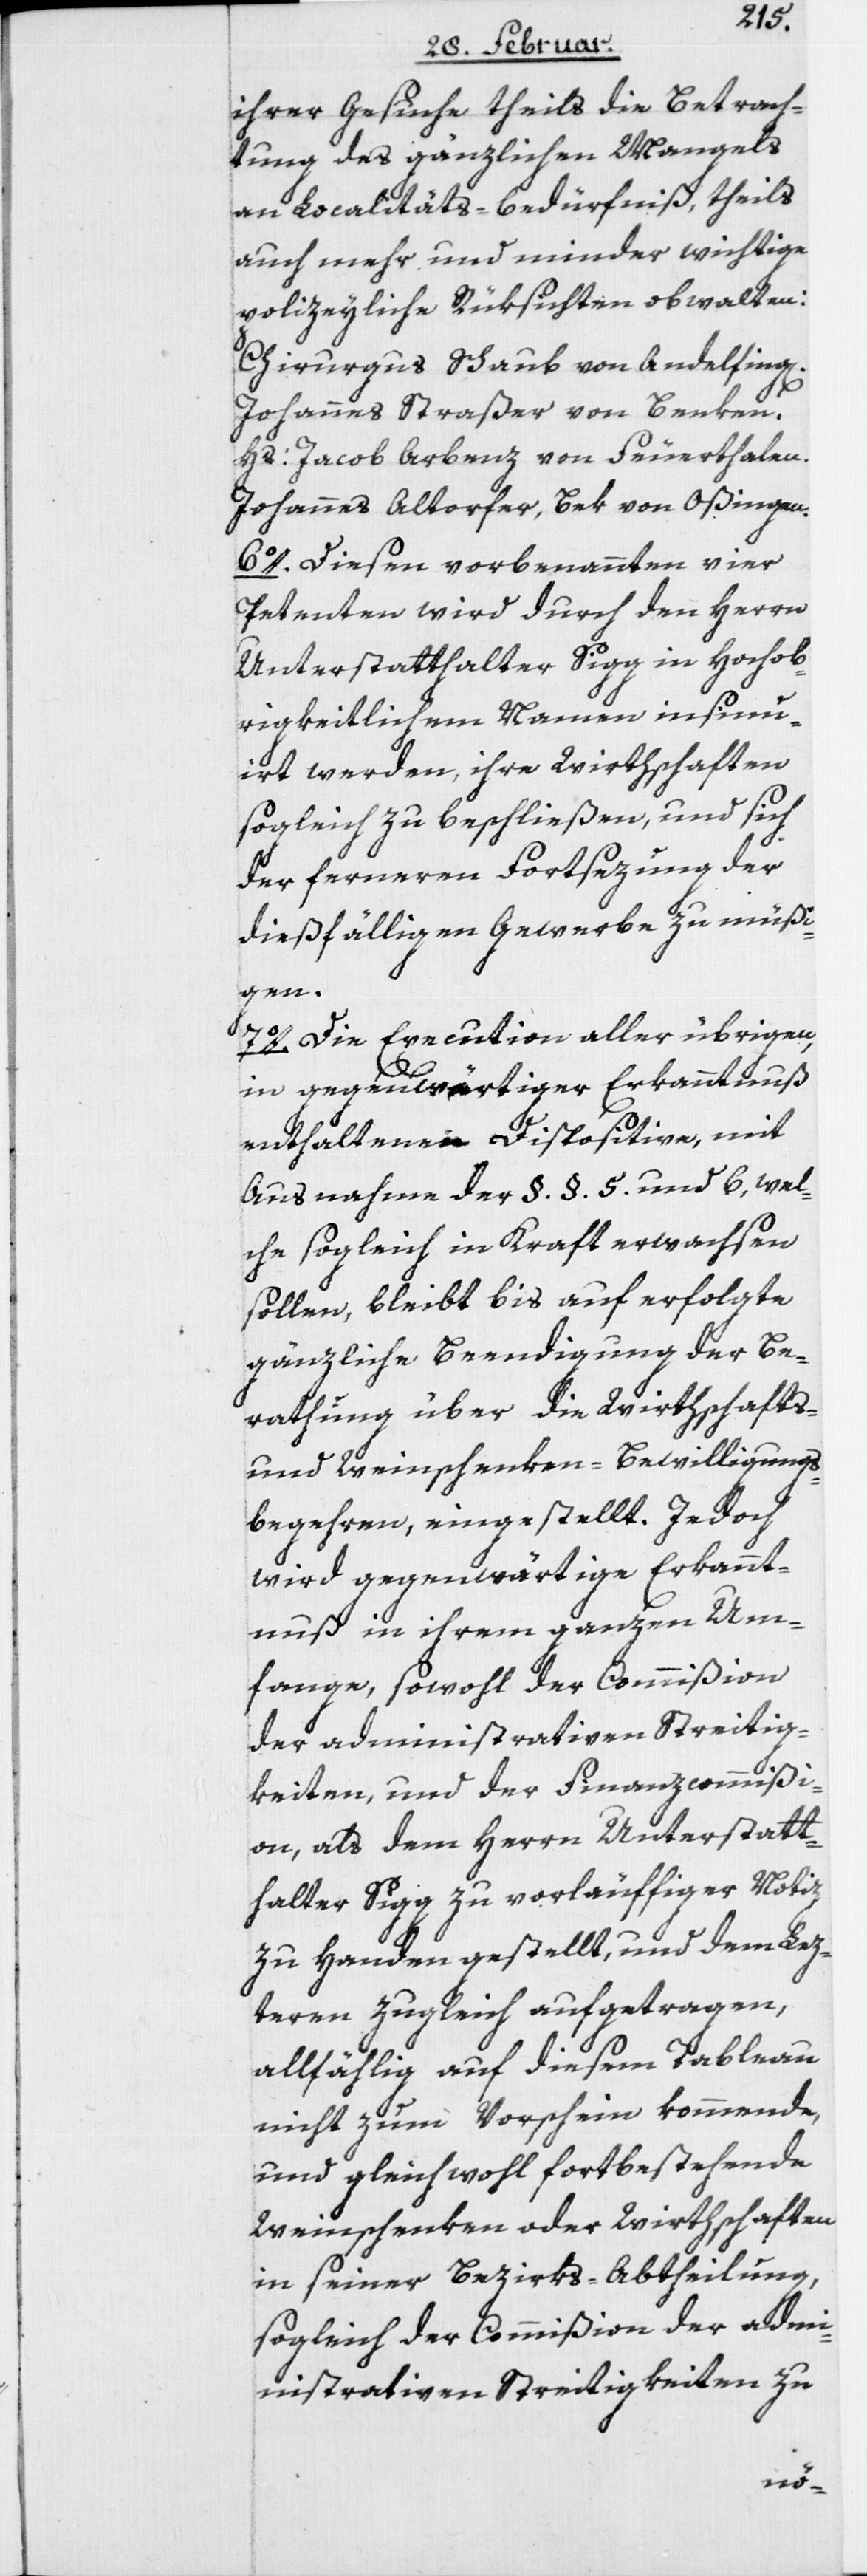
ihrer Gesuche theils die Betrach¬
tung des gänzlichen Mangels
an Localitäts-bedürfniß, theils
auch mehr und minder wichtige
polizeyliche Rüksichten obwalten:
Chirurgus Schaub von Andelfing[e¬
Johannes Straßer von Benken.
Hs: Jacob Arbenz von Feuerthalen.
Johannes Altorfer, Bek von Oßingen.
6o. Diesen vorbenannten vier
Petenten wird durch den Herrn
Unterstatthalter Sigg in Hochob¬
rigkeitlichem Namen insinu¬
irt werden, ihre Wirthschaften
sogleich zu beschließen, und sich
der ferneren Fortsezung der
dießfälligen Gewerbe zu müßi¬
gen.
7o. Die Execution aller übrigen,
in gegenwärtiger Erkanntnuß
enthaltenen Dispositive, mit
Ausnahme der §. §. 5. und 6, wel¬
che sogleich in Kraft erwachsen
sollen, bleibt bis auf erfolgte
gänzliche Beendigung der Be¬
rathung über die Wirthschafts-
und Weinschenken-Bewilligungs¬
begehren, eingestellt. Jedoch
wird gegenwärtige Erkannt¬
nuß in ihrem ganzen Um¬
fange, sowohl der Commißion
der administrativen Streitig¬
keiten, und der Finanzcommißi¬
on, als dem Herrn Unterstatt¬
halter Sigg zu vorläuffiger Notiz
zu Handen gestellt, und dem Lez¬
teren zugleich aufgetragen,
allfählig auf diesem Tableau
nicht zum Vorschein kommende,
und gleichwohl fortbestehende
Weinschenken oder Wirthschaften
in seiner Bezirks-Abtheilung,
sogleich der Commißion der adm¬
inistrativen Streitigkeiten zu
n].